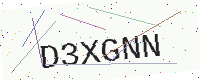
Text: D3XGNN